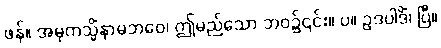
ဖန်။ အမုကသ္မိံနာမဘဝေ၊ ဤမည်သော ဘဝ၌၎င်း။ ပ။ ဥဒပါဒိံ၊ ပြီ။